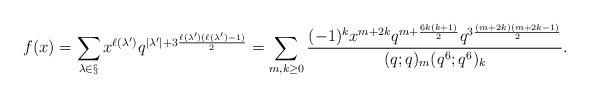
LaTeX: \begin{align*}f(x) = \sum_{\lambda \in \S} x^{\ell(\lambda')} q^{|\lambda'| + 3\frac{\ell(\lambda')(\ell(\lambda') - 1)}{2}}=\sum_{m, k \geq 0} \frac{(-1)^k x^{m + 2k} q^{m + \frac{6k(k+1)}{2}}q^{3 \frac{(m+2k)(m+2k-1)}{2}} }{(q;q)_m (q^6; q^6)_k}.\end{align*}